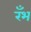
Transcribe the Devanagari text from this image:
रँभ